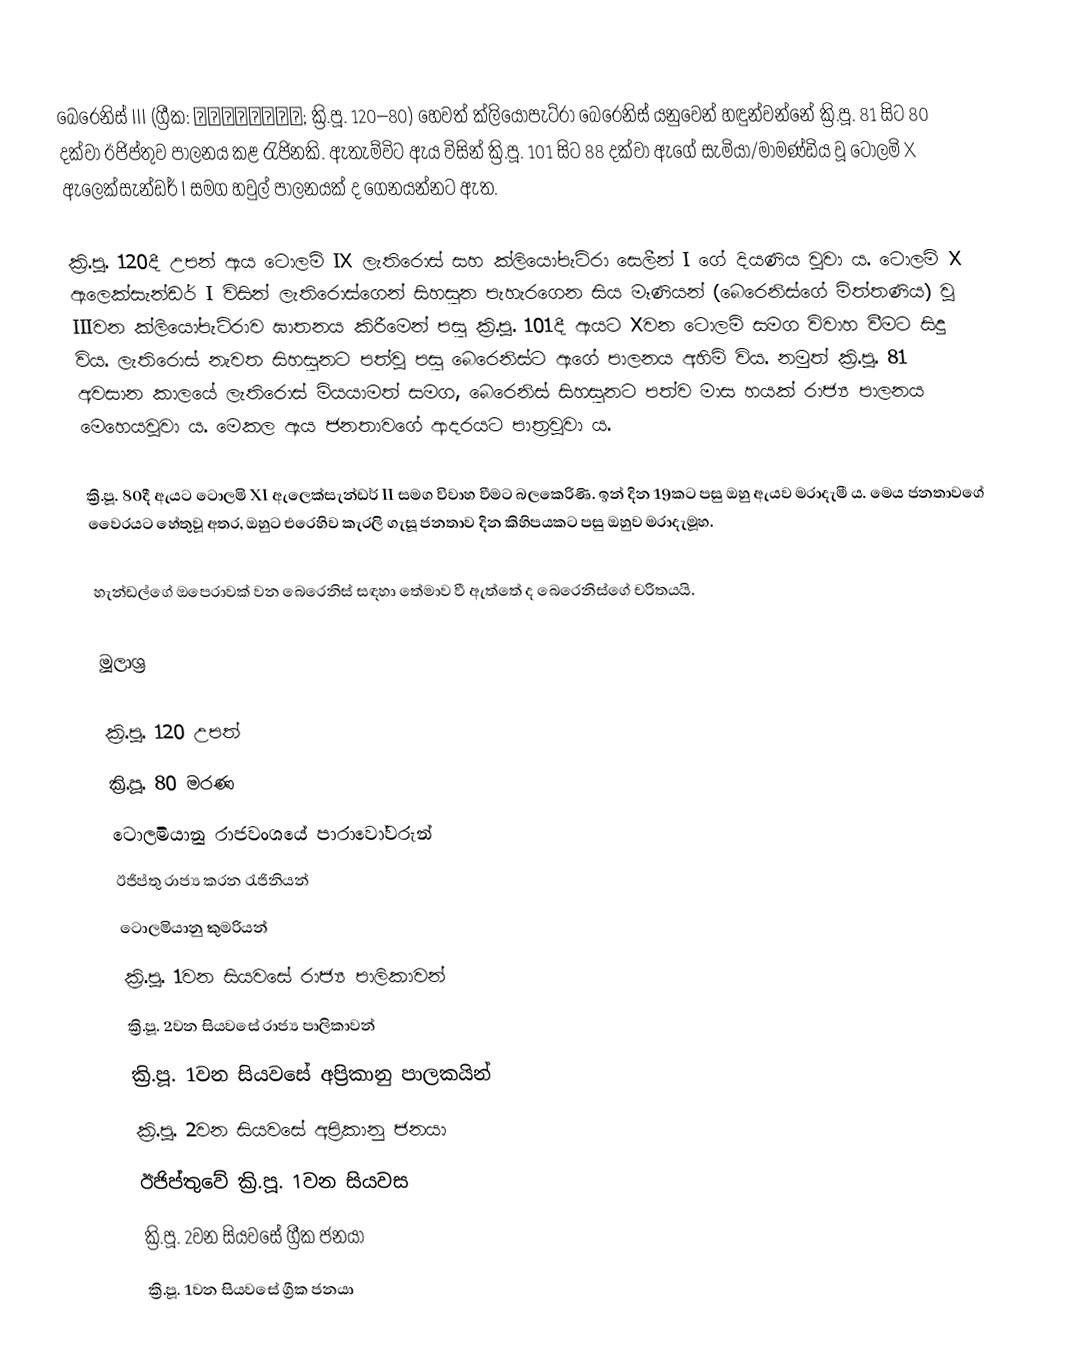
බෙරෙනිස් III (ග්‍රීක: Βερενίκη; ක්‍රි.පූ. 120–80) හෙවත් ක්ලියෝපැට්රා බෙරෙනිස් යනුවෙන් හඳුන්වන්නේ ක්‍රි.පූ. 81 සිට 80 දක්වා ඊජිප්තුව පාලනය කළ රැජිනකි. ඇතැම්විට ඇය විසින් ක්‍රි.පූ. 101 සිට 88 දක්වා ඇගේ සැමියා/මාමණ්ඩිය වූ ටොලමි X ඇලෙක්සැන්ඩර් I සමග හවුල් පාලනයක් ද ගෙනයන්නට ඇත.

ක්‍රි.පූ. 120දී උපන් ඇය ටොලමි IX ලැතිරොස් සහ ක්ලියෝපැට්රා සෙලීන් I ගේ දියණිය වූවා ය. ටොලමි X ඇලෙක්සැන්ඩර් I විසින් ලැතිරොස්ගෙන් සිහසුන පැහැරගෙන සිය මෑණියන් (බෙරෙනිස්ගේ මිත්තණිය) වූ IIIවන ක්ලියෝපැට්රාව ඝාතනය කිරීමෙන් පසු ක්‍රි.පූ. 101දී ඇයට Xවන ටොලමි සමග විවාහ වීමට සිදු විය. ලැතිරොස් නැවත සිහසුනට පත්වූ පසු බෙරෙනිස්ට ඇගේ පාලනය අහිමි විය. නමුත් ක්‍රි.පූ. 81 අවසාන කාලයේ ලැතිරොස් මියයාමත් සමග, බෙරෙනිස් සිහසුනට පත්ව මාස හයක් රාජ්‍ය පාලනය මෙහෙයවූවා ය. මෙකල ඇය ජනතාවගේ ආදරයට පාත්‍රවූවා ය.

ක්‍රි.පූ. 80දී ඇයට ටොලමි XI ඇලෙක්සැන්ඩර් II සමග විවාහ වීමට බලකෙරිණි. ඉන් දින 19කට පසු ඔහු ඇයව මරාදැමී ය. මෙය ජනතාවගේ වෛරයට හේතුවූ අතර, ඔහුට එරෙහිව කැරලි ගැසූ ජනතාව දින කිහිපයකට පසු ඔහුව මරාදැමූහ.

හැන්ඩල්ගේ ඔපෙරාවක් වන බෙරෙනිස් සඳහා තේමාව වී ඇත්තේ ද බෙරෙනිස්ගේ චරිතයයි.

මූලාශ්‍ර

ක්‍රි.පූ. 120 උපත්
ක්‍රි.පූ. 80 මරණ
ටොලමියානු රාජවංශයේ පාරාවෝවරුන්
ඊජිප්තු රාජ්‍ය කරන රැජිනියන්
ටොලමියානු කුමරියන්
ක්‍රි.පූ. 1වන සියවසේ රාජ්‍ය පාලිකාවන්
ක්‍රි.පූ. 2වන සියවසේ රාජ්‍ය පාලිකාවන්
ක්‍රි.පූ. 1වන සියවසේ අප්‍රිකානු පාලකයින්
ක්‍රි.පූ. 2වන සියවසේ අප්‍රිකානු ජනයා
ඊජිප්තුවේ ක්‍රි.පූ. 1වන සියවස
ක්‍රි.පූ. 2වන සියවසේ ග්‍රීක ජනයා
ක්‍රි.පූ. 1වන සියවසේ ග්‍රීක ජනයා